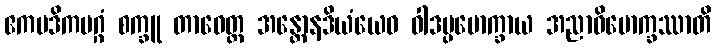
ဧကပဒိကမဂ္ဂံ စက္ခူ တာဝေတ္ထ အန္တောနဒိယံယေဝ ဝါဒပ္ပမောက္ခာယ အညာဝိမောက္ခဿာတိ